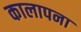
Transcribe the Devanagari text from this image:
कालापना